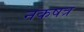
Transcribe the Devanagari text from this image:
नकषत्र